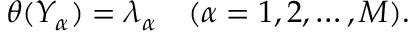
\begin{array} { r } { \theta ( Y _ { \alpha } ) = \lambda _ { \alpha } \quad ( \alpha = 1 , 2 , \dots , M ) . } \end{array}